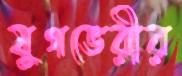
যুগভেরীর